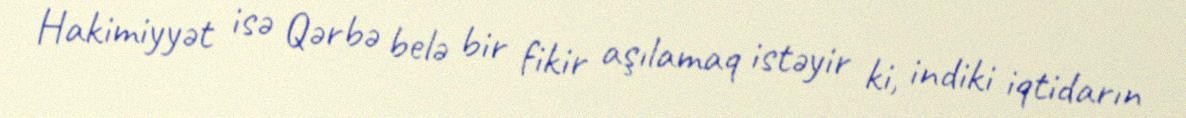
Hakimiyyət isə Qərbə belə bir fikir aşılamaq istəyir ki, indiki iqtidarın